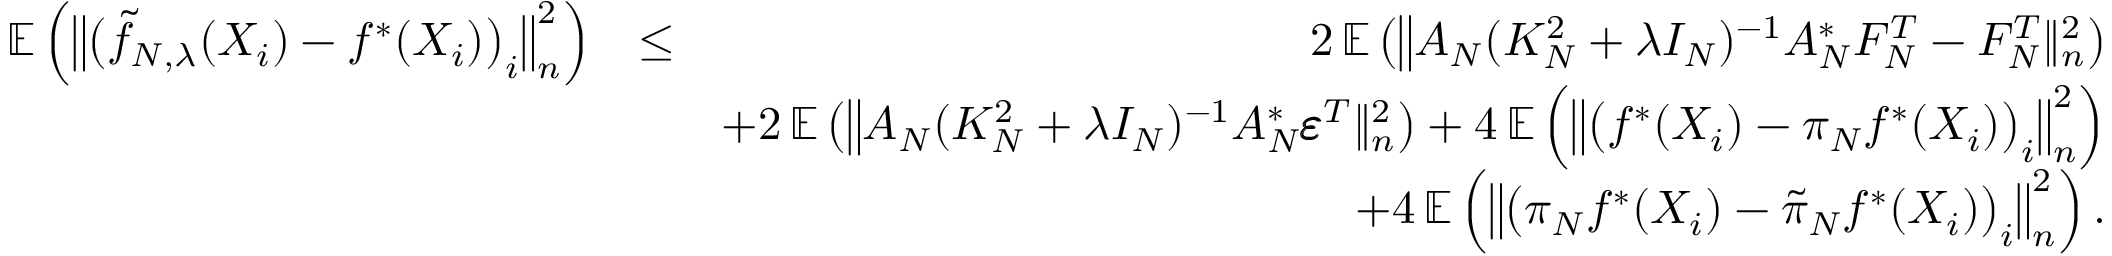
\begin{array} { r l r } { \mathbb E \left( \big \| \big ( \widetilde f _ { N , \lambda } ( X _ { i } ) - f ^ { * } ( X _ { i } ) \big ) _ { i } \big \| _ { n } ^ { 2 } \right) } & { \leq } & { 2 \, \mathbb E \left( \big \| A _ { N } ( K _ { N } ^ { 2 } + \lambda I _ { N } ) ^ { - 1 } A _ { N } ^ { * } F _ { N } ^ { T } - F _ { N } ^ { T } \| _ { n } ^ { 2 } \right) } \\ & { } & { + 2 \, \mathbb E \left( \big \| A _ { N } ( K _ { N } ^ { 2 } + \lambda I _ { N } ) ^ { - 1 } A _ { N } ^ { * } \pmb \varepsilon ^ { T } \| _ { n } ^ { 2 } \right) + 4 \, \mathbb E \left( \big \| \big ( f ^ { * } ( X _ { i } ) - \pi _ { N } f ^ { * } ( X _ { i } ) \big ) _ { i } \big \| _ { n } ^ { 2 } \right) } \\ & { } & { + 4 \, \mathbb E \left( \big \| \big ( \pi _ { N } f ^ { * } ( X _ { i } ) - \widetilde \pi _ { N } f ^ { * } ( X _ { i } ) \big ) _ { i } \big \| _ { n } ^ { 2 } \right) . } \end{array}